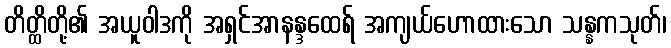
တိတ္ထိတို့၏ အယူဝါဒကို အရှင်အာနန္ဒထေရ် အကျယ်ဟောထားသော သန္နကသုတ်၊